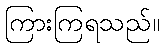
ကြားကြရသည်။